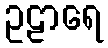
ဥဠာရေ